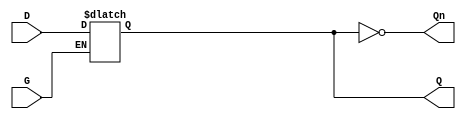
module GatedDLatch (
    input wire D,    // Data input
    input wire G,    // Enable input
    output reg Q,    // Latch output
    output wire Qn   // Complementary output
);

// Assigning the complementary output
assign Qn = ~Q;

// Always block to implement the latch functionality
always @(*) begin
    if (G) begin
        Q = D; // When G is high, Q follows D
    end
    // When G is low, Q retains its previous state
end

endmodule